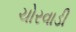
ચોરવાડી